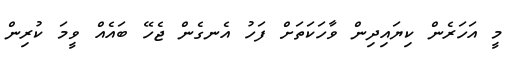
މީ އަހަރެން ކިޔައިދިން ވާހަކަތަށް ފަހު އެނގެން ޖެހޭ ބައެއް ވީމަ ކުރިން